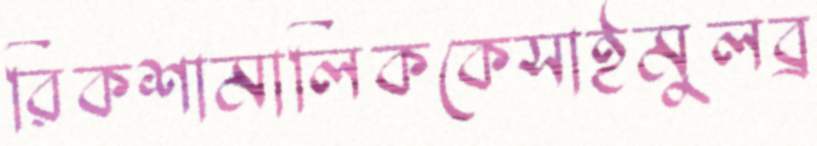
রিকশামালিককেসাইমুলব্র